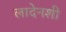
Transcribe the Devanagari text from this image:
लादेनशी